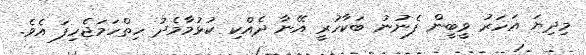
މިދިޔަ އަހަރު ވީބީން ފެނުނު ބަކާހުރީ އޭނާ ދެއްކި ކުޅުމާމެދު ހިތްހަމަޖެހިފަ އެވެ.